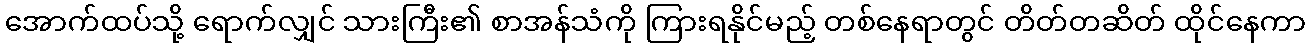
အောက်ထပ်သို့ ရောက်လျှင် သားကြီး၏ စာအန်သံကို ကြားရနိုင်မည့် တစ်နေရာတွင် တိတ်တဆိတ် ထိုင်နေကာ